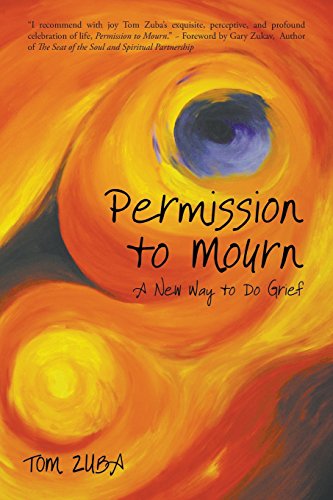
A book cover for Permission to Mourn: A New Way to Do Grief; Tom Zuba; Literature & Fiction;